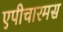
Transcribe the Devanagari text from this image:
एपीचारमस